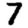
Digit: 7